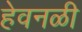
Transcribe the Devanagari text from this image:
हेवनळी